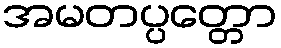
အမတပ္ပတ္တော